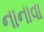
નાનાવા